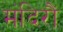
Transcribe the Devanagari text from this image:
मंदिरौं